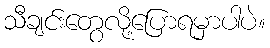
သီချင်းတွေလို့ပြောရမှာပါပဲ။